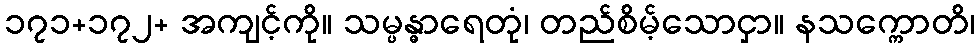
၁၇၁+၁၇၂+ အကျင့်ကို။ သမ္ပန္ဓာရေတုံ၊ တည်စိမ့်သောငှာ။ နသက္ကောတိ၊